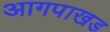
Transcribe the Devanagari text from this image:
आगपाखड